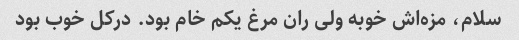
سلام، مزه‌اش خوبه ولی ران مرغ یکم خام بود. درکل خوب بود